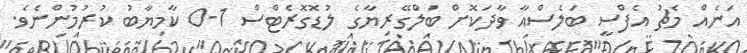
އަނެއް މެޗު އެފްސީ ބަލެސްއާ ވާދަކޮށް ބަލްގޭރިޔާގެ ލުޑޮގޮރެޓްސް 1-0 ކާމިޔާބު ކުރުމުންނެވެ.